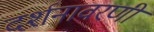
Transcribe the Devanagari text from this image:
दर्शनावरणी